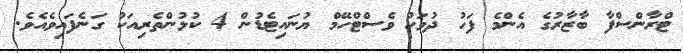
ޓްރާންސްފާ ބާޒާރުގެ އެންމެ ފަހު ދުވަހު ވެސްޓްހޭމް ޔުނައިޓެޑުން 4 ކުޅުންތެރިއަކު ގަނެފައިވެއެވެ.